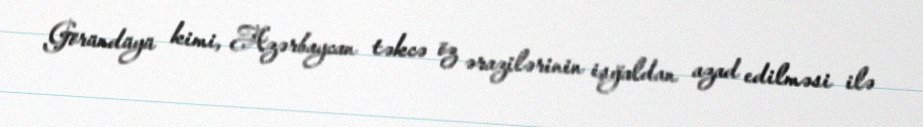
Göründüyü kimi, Azərbaycan təkcə öz ərazilərinin işğaldan azad edilməsi ilə